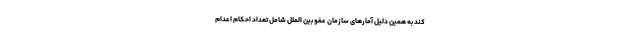
کند به همین دلیل آمارهای سازمان عفو بین الملل شامل تعداد احکام اعدام